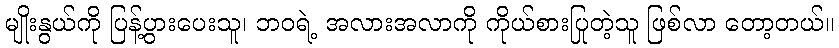
မျိုးနွယ်ကို ပြန့်ပွားပေးသူ၊ ဘဝရဲ့ အလားအလာကို ကိုယ်စားပြုတဲ့သူ ဖြစ်လာ တော့တယ်။